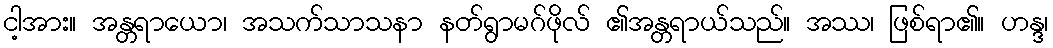
ငါ့အား။ အန္တရာယော၊ အသက်သာသနာ နတ်ရွာမဂ်ဖိုလ် ၏အန္တရာယ်သည်။ အဿ၊ ဖြစ်ရာ၏။ ဟန္ဒ၊